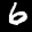
Label: 6